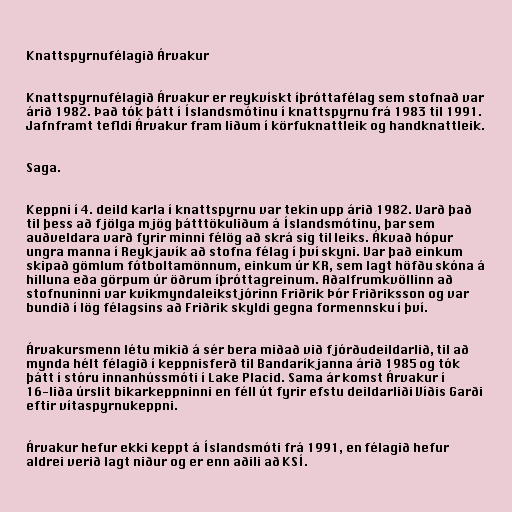
Knattspyrnufélagið Árvakur

Knattspyrnufélagið Árvakur er reykvískt íþróttafélag sem stofnað var
árið 1982. Það tók þátt í Íslandsmótinu í knattspyrnu frá 1983 til 1991.
Jafnframt tefldi Árvakur fram liðum í körfuknattleik og handknattleik.

Saga.

Keppni í 4. deild karla í knattspyrnu var tekin upp árið 1982. Varð það
til þess að fjölga mjög þátttökuliðum á Íslandsmótinu, þar sem
auðveldara varð fyrir minni félög að skrá sig til leiks. Ákvað hópur
ungra manna í Reykjavík að stofna félag í því skyni. Var það einkum
skipað gömlum fótboltamönnum, einkum úr KR, sem lagt höfðu skóna á
hilluna eða görpum úr öðrum íþróttagreinum. Aðalfrumkvöllinn að
stofnuninni var kvikmyndaleikstjórinn Friðrik Þór Friðriksson og var
bundið í lög félagsins að Friðrik skyldi gegna formennsku í því.

Árvakursmenn létu mikið á sér bera miðað við fjórðudeildarlið, til að
mynda hélt félagið í keppnisferð til Bandaríkjanna árið 1985 og tók
þátt í stóru innanhússmóti í Lake Placid. Sama ár komst Árvakur í
16-liða úrslit bikarkeppninni en féll út fyrir efstu deildarliði Víðis Garði
eftir vítaspyrnukeppni.

Árvakur hefur ekki keppt á Íslandsmóti frá 1991, en félagið hefur
aldrei verið lagt niður og er enn aðili að KSÍ.